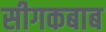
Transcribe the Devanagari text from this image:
सीगकबाब